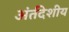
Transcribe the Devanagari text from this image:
अंर्तदेशीय